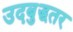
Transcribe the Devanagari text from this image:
उदबुद्धतर